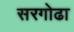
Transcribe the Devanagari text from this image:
सरगोढा